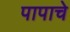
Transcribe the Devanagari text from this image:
पापाचे